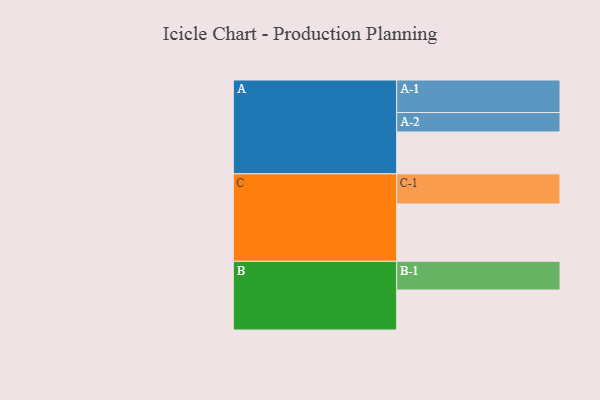
{"axis": {"x": "Segment", "y": "Value"}, "legend": ["", "A", "B", "C"], "data": [{"x": "A", "y": 353, "type": ""}, {"x": "B", "y": 337, "type": ""}, {"x": "C", "y": 483, "type": ""}, {"x": "A-1", "y": 274, "type": "A"}, {"x": "A-2", "y": 164, "type": "A"}, {"x": "B-1", "y": 242, "type": "B"}, {"x": "C-1", "y": 254, "type": "C"}]}